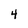
Character: 4